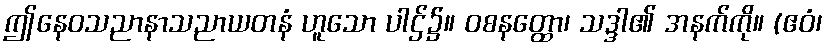
ဤနေဝသညာနာသညာယတနံ ဟူသော ပါဌ်၌။ ဝစနတ္ထော၊ သဒ္ဒါ၏ အနက်ကို။ (ဧဝံ၊